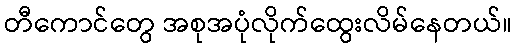
တီကောင်တွေ အစုအပုံလိုက်ထွေးလိမ်နေတယ်။